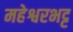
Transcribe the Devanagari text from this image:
महेश्वरभट्ट